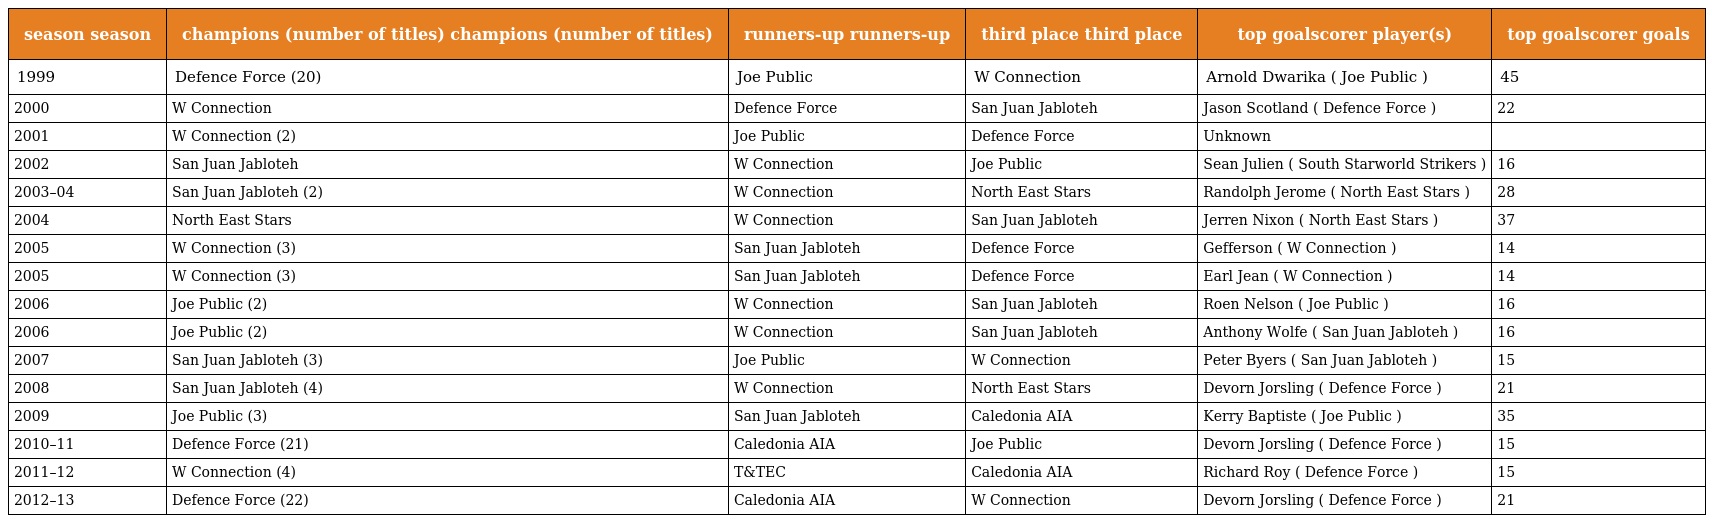
| season season | champions (number of titles) champions (number of titles) | runners-up runners-up | third place third place | top goalscorer player(s) | top goalscorer goals |
 | --- | --- | --- | --- | --- | --- |
 | 1999 | Defence Force (20) | Joe Public | W Connection | Arnold Dwarika ( Joe Public ) | 45 |
 | 2000 | W Connection | Defence Force | San Juan Jabloteh | Jason Scotland ( Defence Force ) | 22 |
 | 2001 | W Connection (2) | Joe Public | Defence Force | Unknown |  |
 | 2002 | San Juan Jabloteh | W Connection | Joe Public | Sean Julien ( South Starworld Strikers ) | 16 |
 | 2003–04 | San Juan Jabloteh (2) | W Connection | North East Stars | Randolph Jerome ( North East Stars ) | 28 |
 | 2004 | North East Stars | W Connection | San Juan Jabloteh | Jerren Nixon ( North East Stars ) | 37 |
 | 2005 | W Connection (3) | San Juan Jabloteh | Defence Force | Gefferson ( W Connection ) | 14 |
 | 2005 | W Connection (3) | San Juan Jabloteh | Defence Force | Earl Jean ( W Connection ) | 14 |
 | 2006 | Joe Public (2) | W Connection | San Juan Jabloteh | Roen Nelson ( Joe Public ) | 16 |
 | 2006 | Joe Public (2) | W Connection | San Juan Jabloteh | Anthony Wolfe ( San Juan Jabloteh ) | 16 |
 | 2007 | San Juan Jabloteh (3) | Joe Public | W Connection | Peter Byers ( San Juan Jabloteh ) | 15 |
 | 2008 | San Juan Jabloteh (4) | W Connection | North East Stars | Devorn Jorsling ( Defence Force ) | 21 |
 | 2009 | Joe Public (3) | San Juan Jabloteh | Caledonia AIA | Kerry Baptiste ( Joe Public ) | 35 |
 | 2010–11 | Defence Force (21) | Caledonia AIA | Joe Public | Devorn Jorsling ( Defence Force ) | 15 |
 | 2011–12 | W Connection (4) | T&TEC | Caledonia AIA | Richard Roy ( Defence Force ) | 15 |
 | 2012–13 | Defence Force (22) | Caledonia AIA | W Connection | Devorn Jorsling ( Defence Force ) | 21 |